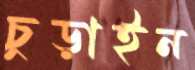
চুড়াইন